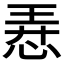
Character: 𢚸